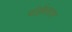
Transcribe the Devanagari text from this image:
चोईथराम